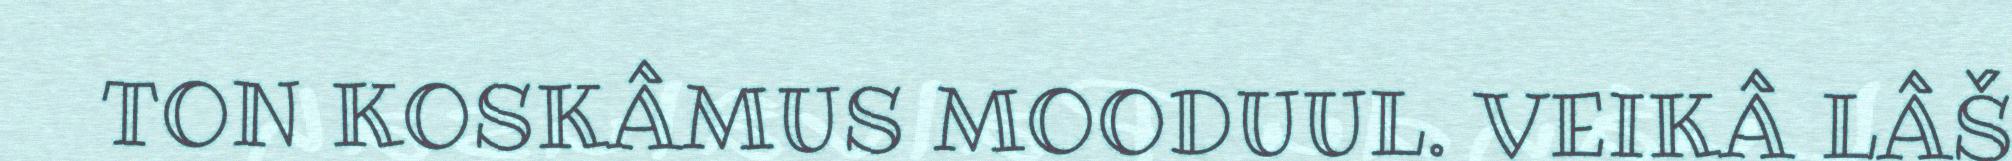
TON KOSKÂMUS MOODUUL. VEIKÂ LÂŠ